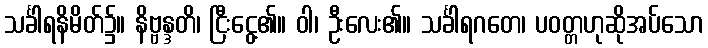
သင်္ခါရနိမိတ်၌။ နိဗ္ဗန္ဒတိ၊ ငြီးငွေ့၏။ ဝါ၊ ဦးလေး၏။ သင်္ခါရဂတေ၊ ပဝတ္တဟုဆိုအပ်သော